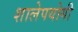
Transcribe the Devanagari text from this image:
शालेपयोगी